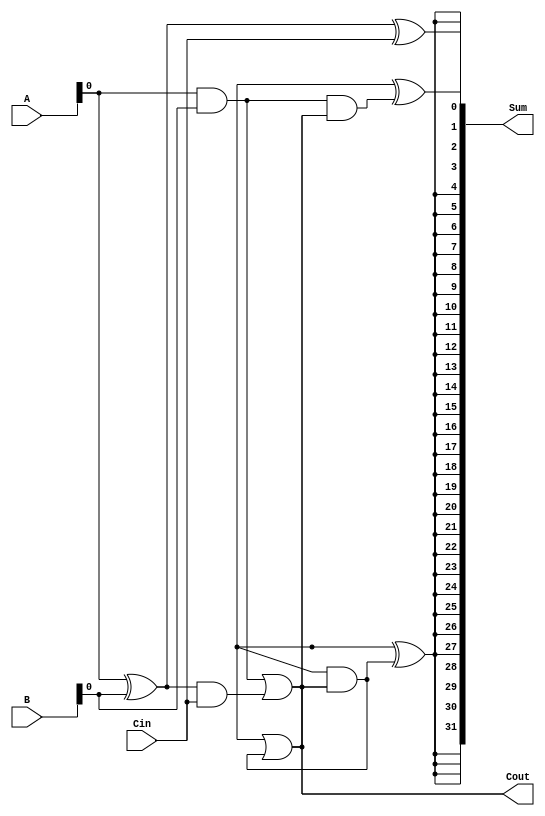
module carry_bypass_adder (
    input wire [31:0] A,
    input wire [31:0] B,
    input wire Cin,
    output wire [31:0] Sum,
    output wire Cout
);

reg [31:0] S;
wire P, G;

assign P = A ^ B;
assign G = A & B;

assign S[0] = P[0] ^ Cin;
assign Cout = G[0] | (P[0] & Cin);

genvar i;
generate
    for (i = 1; i < 32; i = i + 1) begin
        assign S[i] = P[i] ^ (G[i - 1] & Cout);
        assign Cout = G[i] | (P[i] & Cout);
    end
endgenerate

assign Sum = S;

endmodule